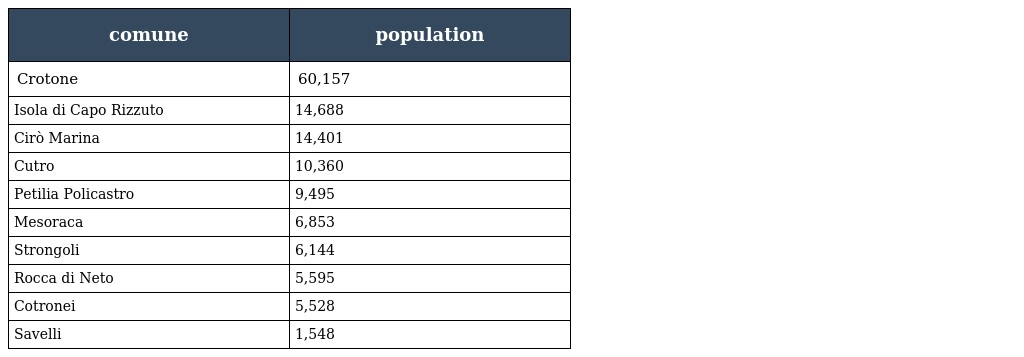
| comune | population |
 | --- | --- |
 | Crotone | 60,157 |
 | Isola di Capo Rizzuto | 14,688 |
 | Cirò Marina | 14,401 |
 | Cutro | 10,360 |
 | Petilia Policastro | 9,495 |
 | Mesoraca | 6,853 |
 | Strongoli | 6,144 |
 | Rocca di Neto | 5,595 |
 | Cotronei | 5,528 |
 | Savelli | 1,548 |